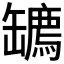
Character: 𦉙